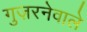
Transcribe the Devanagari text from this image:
गुज़रनेवाले